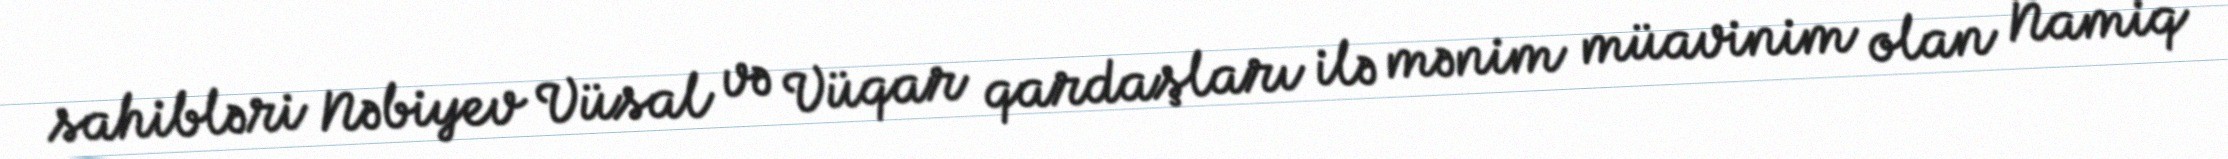
sahibləri Nəbiyev Vüsal və Vüqar qardaşları ilə mənim müavinim olan Namiq